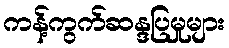
ကန့်ကွက်ဆန္ဒပြမှုများ